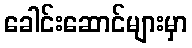
ခေါင်းဆောင်များမှာ